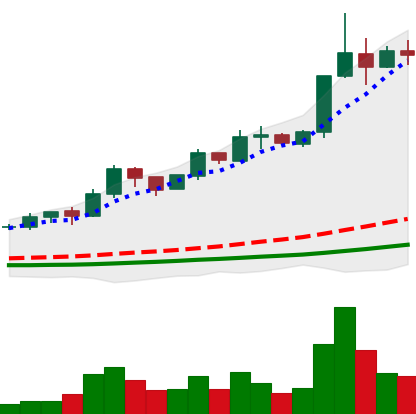
Ticker: ADA-USD
Chart end date: 2019-04-06
Forward return: -7.647%
Label: down_7plus